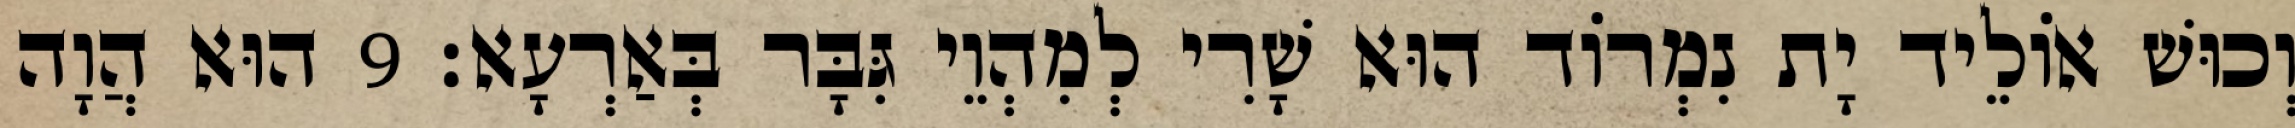
וְכוּשׁ אוֹלֵיד יָת נִמְרוֹד הוּא שָׁרִי לְמִהְוֵי גִּבָּר בְּאַרְעָא׃ 9 הוּא הֲוָה